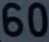
60